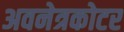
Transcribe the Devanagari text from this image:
अवनेत्रकोटर